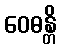
ဝေဓန္တိ